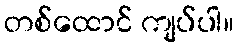
တစ်ထောင် ကျပ်ပါ။